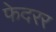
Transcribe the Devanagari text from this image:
फेदरर